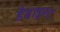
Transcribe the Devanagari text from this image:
डैडाइस्ट